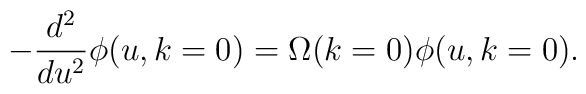
-\frac{d^2}{du^2}\phi(u, k=0)=\Omega(k=0)\phi(u,k=0).